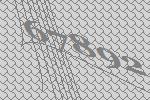
67892